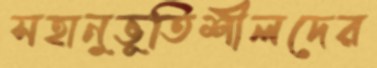
সহানুভূতিশীলদের